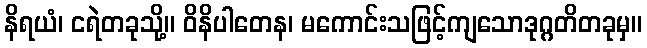
နိရယံ၊ ငရဲတခုသို့။ ဝိနိပါတေန၊ မကောင်းသဖြင့်ကျသောဒုဂ္ဂတိတခုမှ။